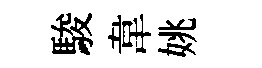
駿韋姚